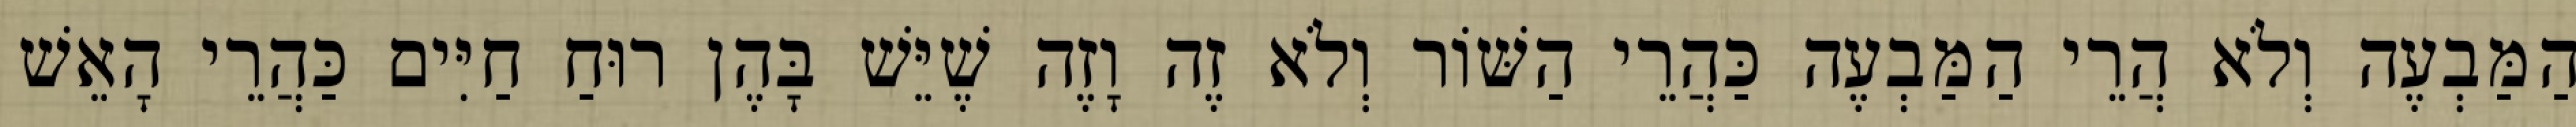
הַמַּבְעֶה וְלֹא הֲרֵי הַמַּבְעֶה כַּהֲרֵי הַשּׁוֹר וְלֹא זֶה וָזֶה שֶׁיֵּשׁ בָּהֶן רוּחַ חַיִּים כַּהֲרֵי הָאֵשׁ